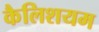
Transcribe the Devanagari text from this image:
कैलिशयम